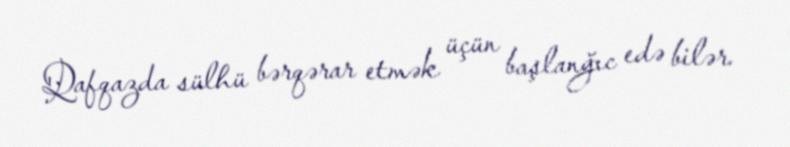
Qafqazda sülhü bərqərar etmək üçün başlanğıc edə bilər.